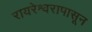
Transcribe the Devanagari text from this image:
रायरेश्वरापासून